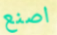
اصنع